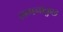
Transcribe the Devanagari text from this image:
लगनाकुछ